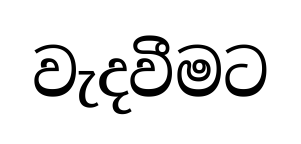
වැදවීමට